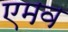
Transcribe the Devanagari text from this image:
एमव